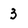
Character: 3